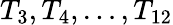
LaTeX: T_{3},T_{4},\ldots,T_{12}